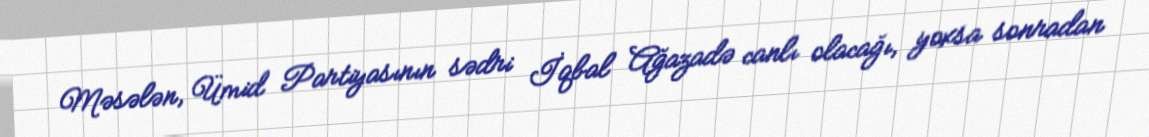
Məsələn, Ümid Partiyasının sədri İqbal Ağazadə canlı olacağı, yoxsa sonradan